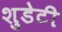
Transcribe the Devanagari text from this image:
शुडेटी